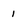
Character: 1